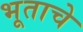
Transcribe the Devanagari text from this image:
भूताचे